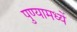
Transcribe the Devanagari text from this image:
पुण्यामध्यें